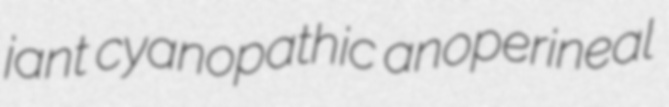
jant cyanopathic anoperineal